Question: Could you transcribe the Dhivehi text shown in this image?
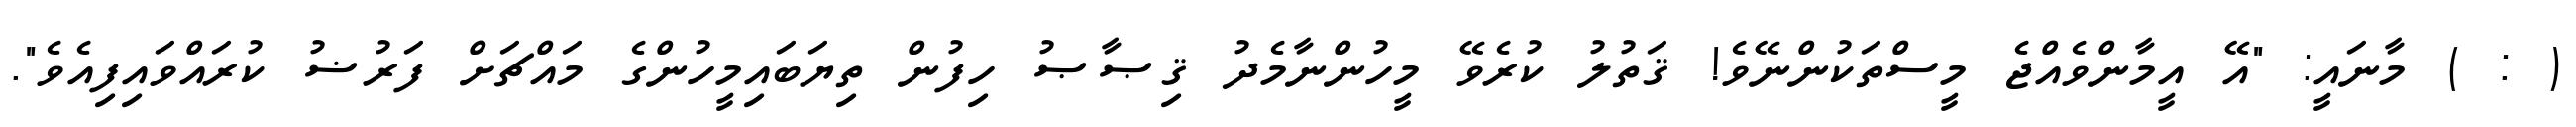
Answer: ( : ) މާނައީ: "އޭ އީމާންވެއްޖެ މީސްތަކުންނޭވެ! ޤަތުލު ކުރެވޭ މީހުންނާމެދު ޤިޞާޞު ހިފުން ތިޔަބައިމީހުންގެ މައްޗަށް ފަރުޟު ކުރައްވައިފިއެވެ".